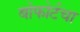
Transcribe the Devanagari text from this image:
बोफोर्टचा